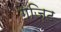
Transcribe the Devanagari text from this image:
गज़िट